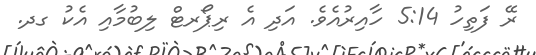
ރޭ ފަތިހު 5:14 ހާއިރުއެވެ. އަދި އެ ރިޕޯރޓް ލިބުމާއި އެކު ގދ.